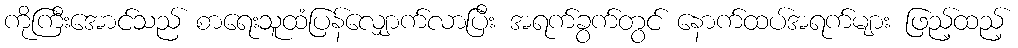
ကိုကြီးအောင်သည် စာရေးသူထံပြန်လျှောက်လာပြီး အရက်ခွက်တွင် နောက်ထပ်အရက်များ ဖြည့်ထည့်